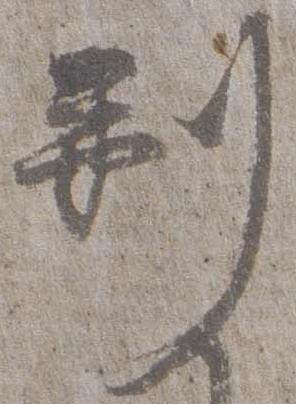
剃